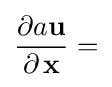
{\frac {\partial a\mathbf {u} }{\partial \,\mathbf {x} }}=